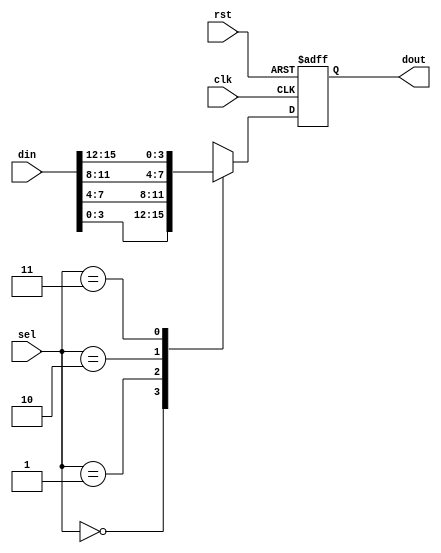
module ldpc_muxreg #(
  parameter LLRWIDTH = 4,
  parameter NUMINPS  = 4,
  parameter MUXSIZE  = 4,
  parameter SELBITS  = 2
)(
  input clk,
  input rst,

  input[SELBITS-1:0]          sel,
  input[NUMINPS*LLRWIDTH-1:0] din,
  output[LLRWIDTH-1:0]        dout
);

// convert to 2-d array
wire[LLRWIDTH-1:0] din_2d[MUXSIZE-1:0];

generate
  genvar muxpos;

  for( muxpos=0; muxpos<MUXSIZE; muxpos=muxpos+1 )
  begin: muxto2d
    assign din_2d[muxpos] = din[muxpos*LLRWIDTH+LLRWIDTH-1 -: LLRWIDTH];
  end
endgenerate

// mux and register
reg[LLRWIDTH-1:0] mux_result;

assign dout = mux_result;

always @( posedge clk, posedge rst )
  if( rst )
    mux_result <= 0;
  else
    mux_result <= din_2d[sel];
endmodule